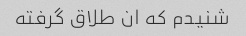
شنیدم که ان طلاق گرفته